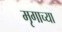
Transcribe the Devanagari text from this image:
मृगाच्या